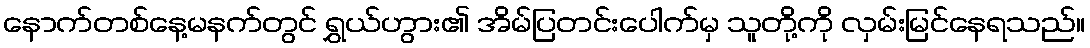
နောက်တစ်နေ့မနက်တွင် ရွှယ်ဟွား၏ အိမ်ပြတင်းပေါက်မှ သူတို့ကို လှမ်းမြင်နေရသည်။